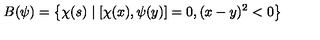
B ( \psi ) = \left\{ \chi ( s ) \mid [ \chi ( x ) , \psi ( y ) ] = 0 , ( x - y ) ^ { 2 } < 0 \right\}